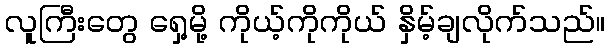
လူကြီးတွေ ရှေ့မို့ ကိုယ့်ကိုကိုယ် နှိမ့်ချလိုက်သည်။